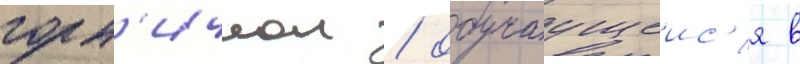
горн'ичнои / обучаущеис'я в